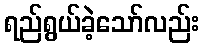
ရည်ရွယ်ခဲ့သော်လည်း